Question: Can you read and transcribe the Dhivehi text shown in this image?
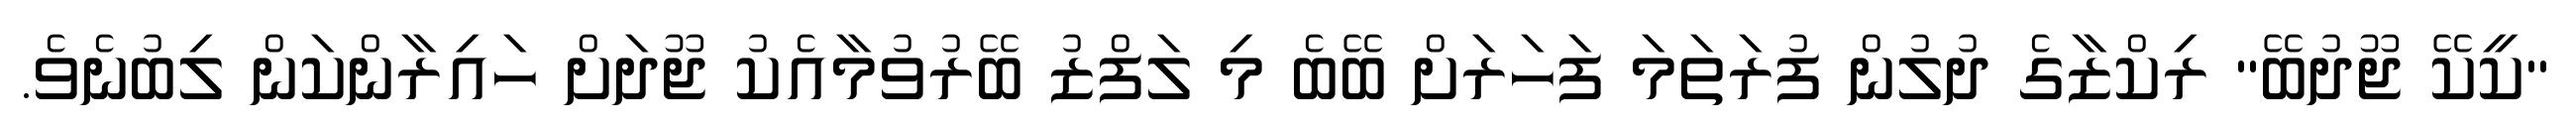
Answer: "ކީކޭ ޖޫދުބޭ" ރިކްޒާގެ ދުލުން ފުރަތަމަ ފަހަރަށް ބޭބެ މި ލަފްޒު ބޭރުވުމާއެކު ޖޫދަށް ހައިރާންކަން ލިބުނެވެ.